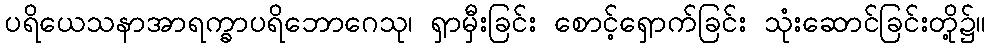
ပရိယေသနာအာရက္ခာပရိဘောဂေသု၊ ရှာမှီးခြင်း စောင့်ရှောက်ခြင်း သုံးဆောင်ခြင်းတို့၌။